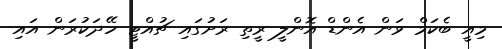
މިއީ ބެކަމް ވަން އެންޑް އޮންލީ ރީތި ރަށުގައި ޗުއްޓީ ހޭދަކުރަން އައި